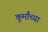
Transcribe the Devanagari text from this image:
कूर्मांच्या